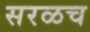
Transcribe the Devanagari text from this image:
सरळच